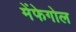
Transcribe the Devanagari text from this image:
मेंफेगोल